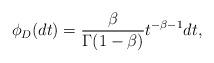
LaTeX: \begin{align*}\phi_D(dt)=\frac{\beta}{\Gamma(1-\beta)}t^{-\beta-1}dt,\end{align*}